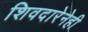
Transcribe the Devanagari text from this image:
शिवदारेनेही